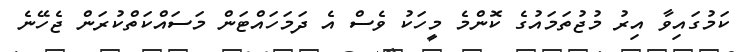
ކަމުގައިވާ އިރު މުޖުތަމައުގެ ކޮންމެ މީހަކު ވެސް އެ ދަމަހައްޓަން މަސައްކަތްކުރަން ޖެހޭނެ